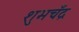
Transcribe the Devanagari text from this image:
शुभचँद्र